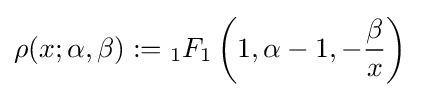
\rho (x;\alpha ,\beta ):={}_{1}F_{1}\left(1,\alpha -1,-{\frac {\beta }{x}}\right)